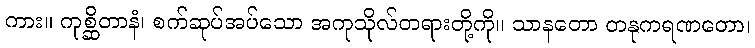
ကား။ ကုစ္ဆိတာနံ၊ စက်ဆုပ်အပ်သော အကုသိုလ်တရားတို့ကို။ သာနတော တနုကရဏတော၊